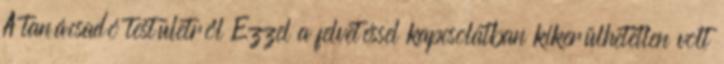
A tanácsadó testületről Ezzel a felvetéssel kapcsolatban kikerülhetetlen volt